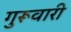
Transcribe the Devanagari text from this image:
गुरूवारी